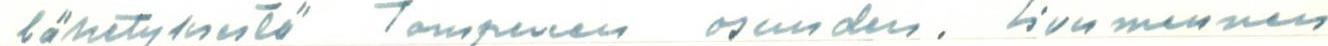
lähetyksestä Tampereen osuuden. Sivumennen